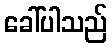
ခေါ်ပါသည်